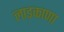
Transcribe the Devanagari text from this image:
लाड़काणा